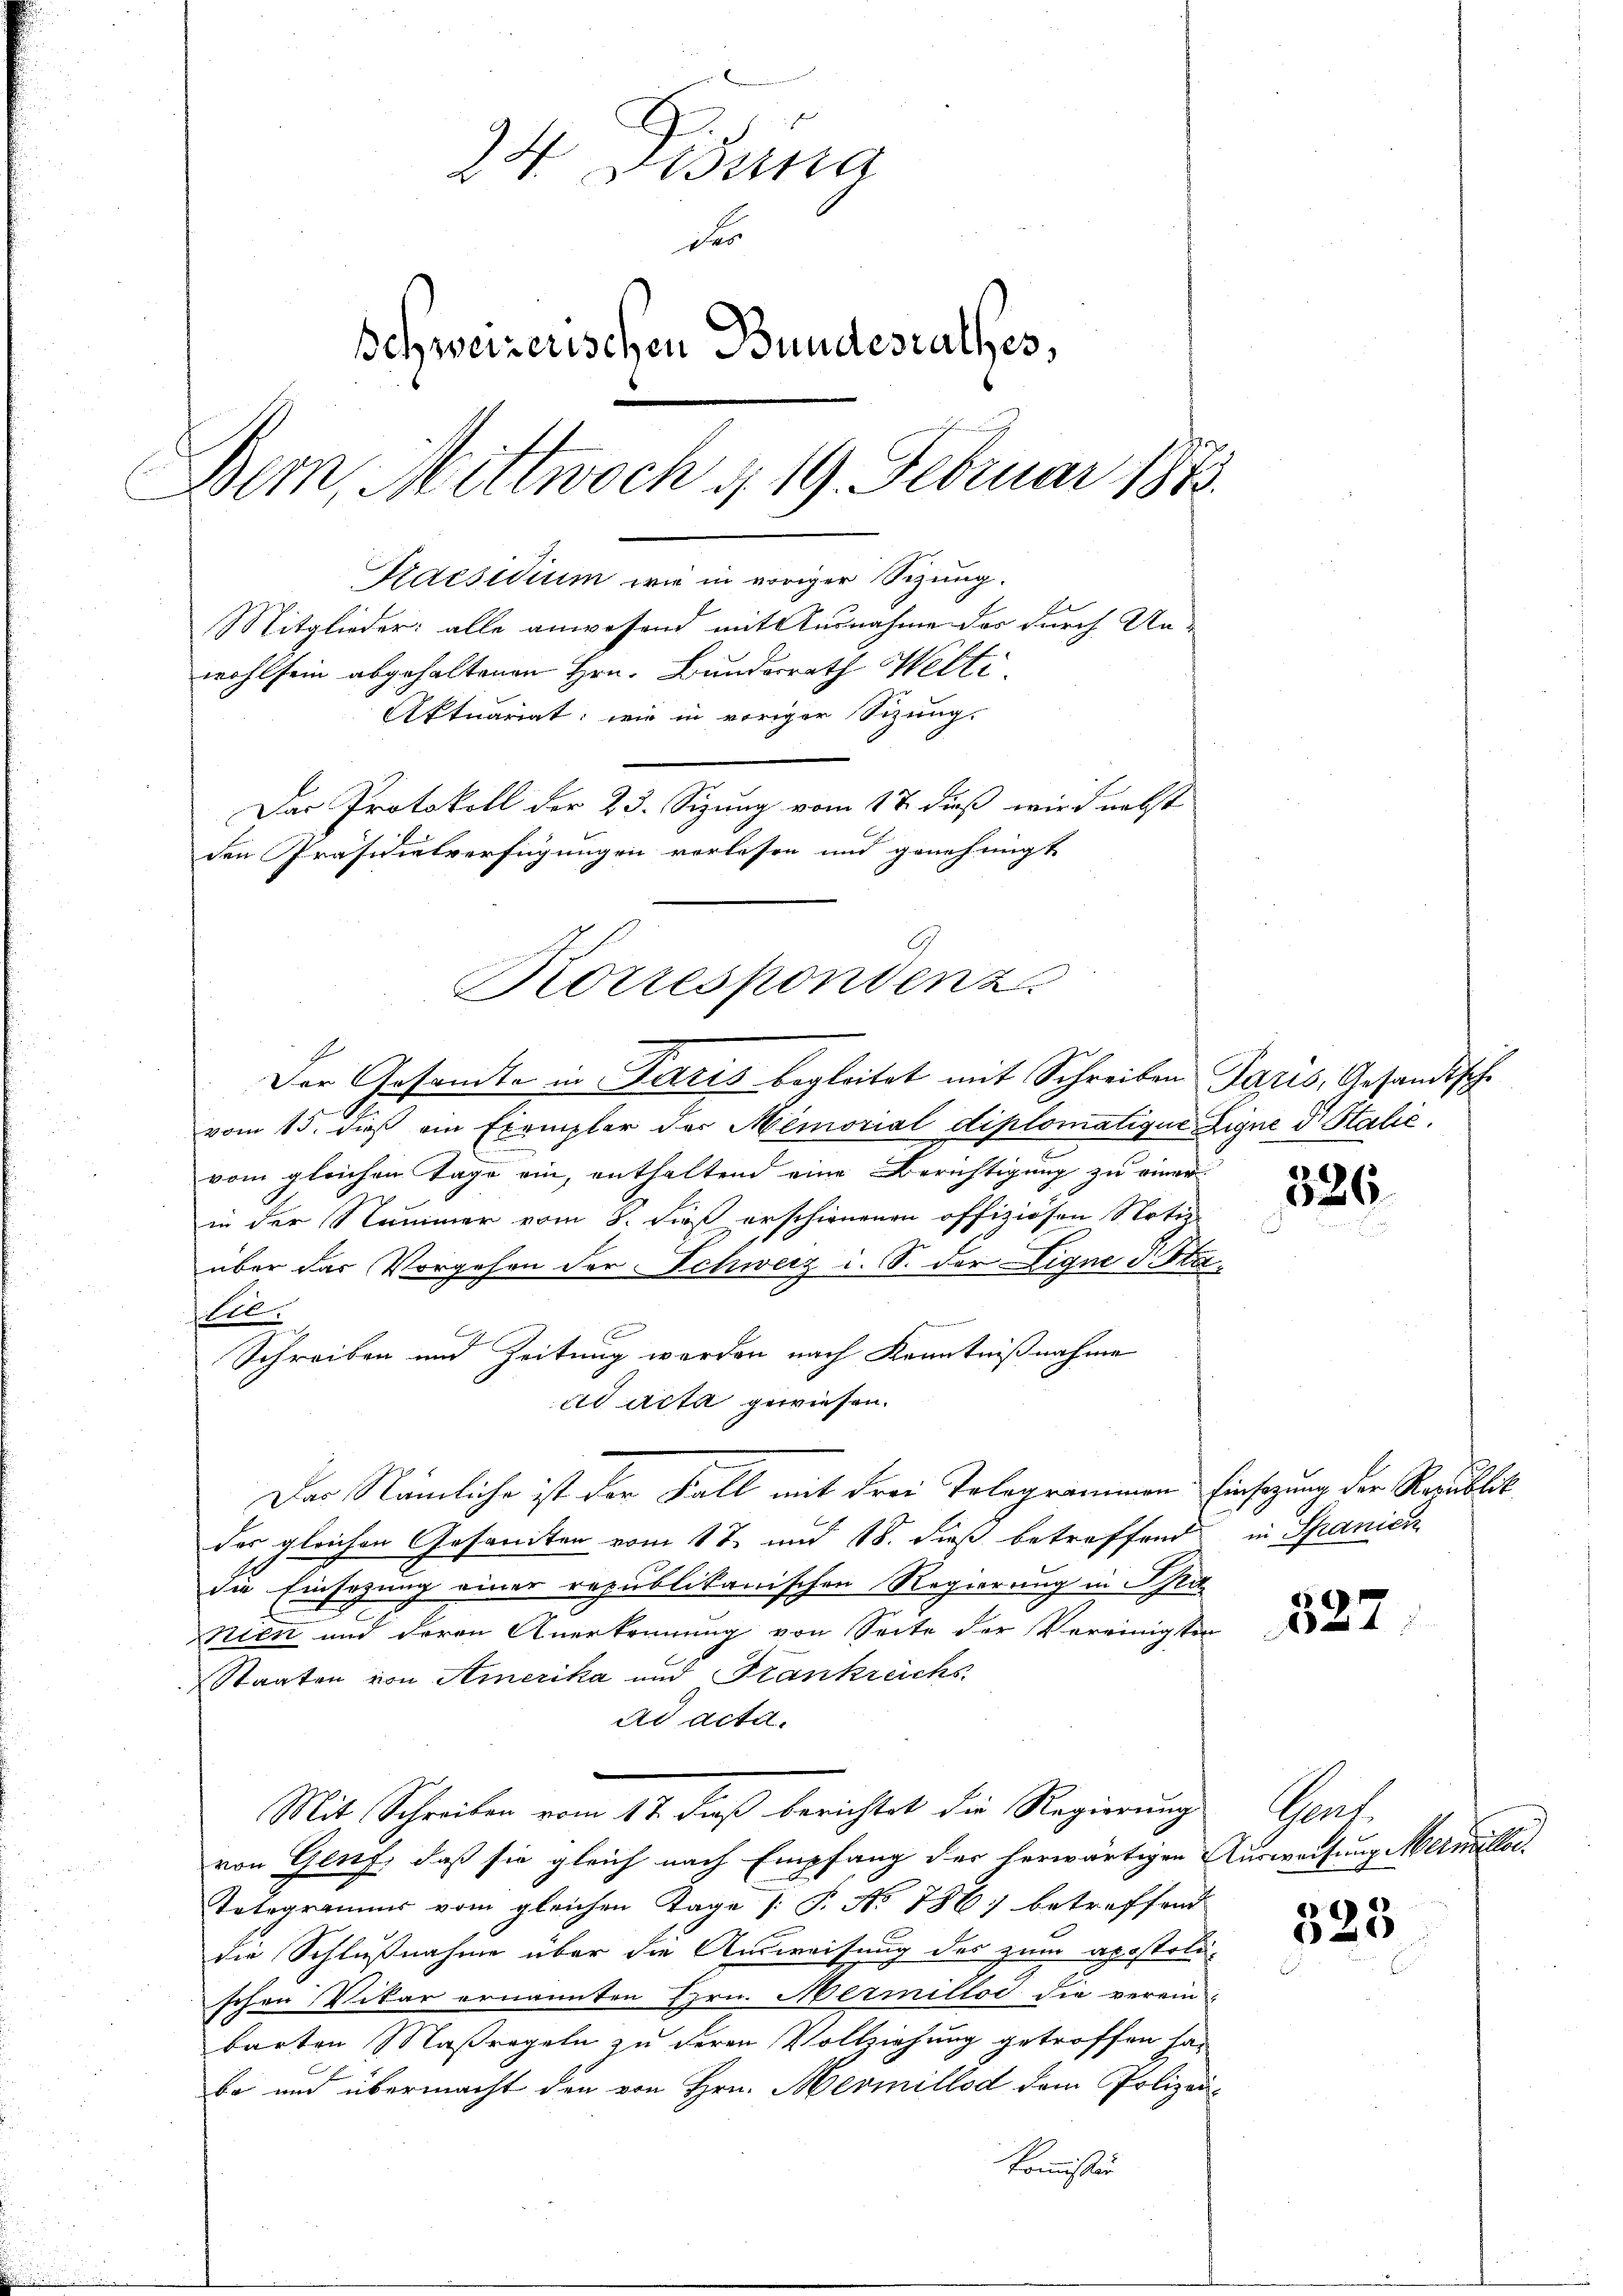
24. Disung
des
Schweizerischen Bundesrathes,
Bern, Mittwoch d. 19. Februar 1873.
Paesidium wie in voriger Sizung.
Mitglieder: alle anwesend mit Ausnahme des durch Unwohl sein abgehaltenen Hrn. Bundesrath Welti,
Aktuariat: wie in voriger Sizung.
Das Protokoll der 23. Sizung vom 17. dieß wird nebst
den Präsidialverfügungen verlesen und genehmigt

Korrespondenz

Der Gesandte in Paris begleitet mit Schreiben Paris, Gesandtsche
vom 15. dieß an Exemplar des Memorial diplomatique Ligne d. Stalie
vom gleichen Tage ein, enthaltend eine Berichtigung zu einer
in der Nummer vom 3. dieß erschienenen offiziösen Notiz
über das Vorgehen der Schweiz i. S. der Eigne d. Hastl.
Schreiben und Zeitung werden nach Kenntnißnahme
ad acta gewiesen.
Dar Nämliche ist der Fall mit Frei Telegrammen Einsezung der Raublik
des gleichen Gesandten vom 17. und 18. dieß betreffend in Spanici
die Einsezung einer republikanischen Regierung in Spa
nien und deren Anerkennung von Seite der Vereinigten
Staaten von Amerika und Frankreichs
ad acta.
Mit Schreiben vom 17. dieß berichtet die Regierung
von Genf, daß sie gleich nach Empfang der herwärtigen Ausweisung Mermaller.
Telegramms vom gleichen Tage /: P. No 786) betreffend
die Schlußnahme über die Ausweisung des zum apostolischen Vikar ernannten Hrn. Mermillos die verein-
barten Maßregeln zu deren Vollziehung getroffen habo und übermacht den von Hrn. Mermillod dem Polizeikommission

326.

8

Geat.

525